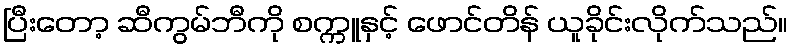
ပြီးတော့ ဆီကွမ်ဘီကို စက္ကူနှင့် ဖောင်တိန် ယူခိုင်းလိုက်သည်။